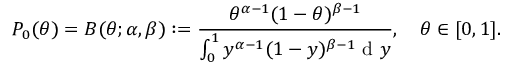
P _ { 0 } ( \theta ) = B ( \theta ; \alpha , \beta ) : = \frac { \theta ^ { \alpha - 1 } ( 1 - \theta ) ^ { \beta - 1 } } { \int _ { 0 } ^ { 1 } y ^ { \alpha - 1 } ( 1 - y ) ^ { \beta - 1 } \mathrm { ~ d ~ } y } , \quad \theta \in [ 0 , 1 ] .